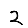
Digit: 2